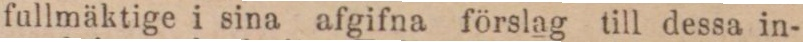
fullmäktige i sina afgifna förslag till dessa in-